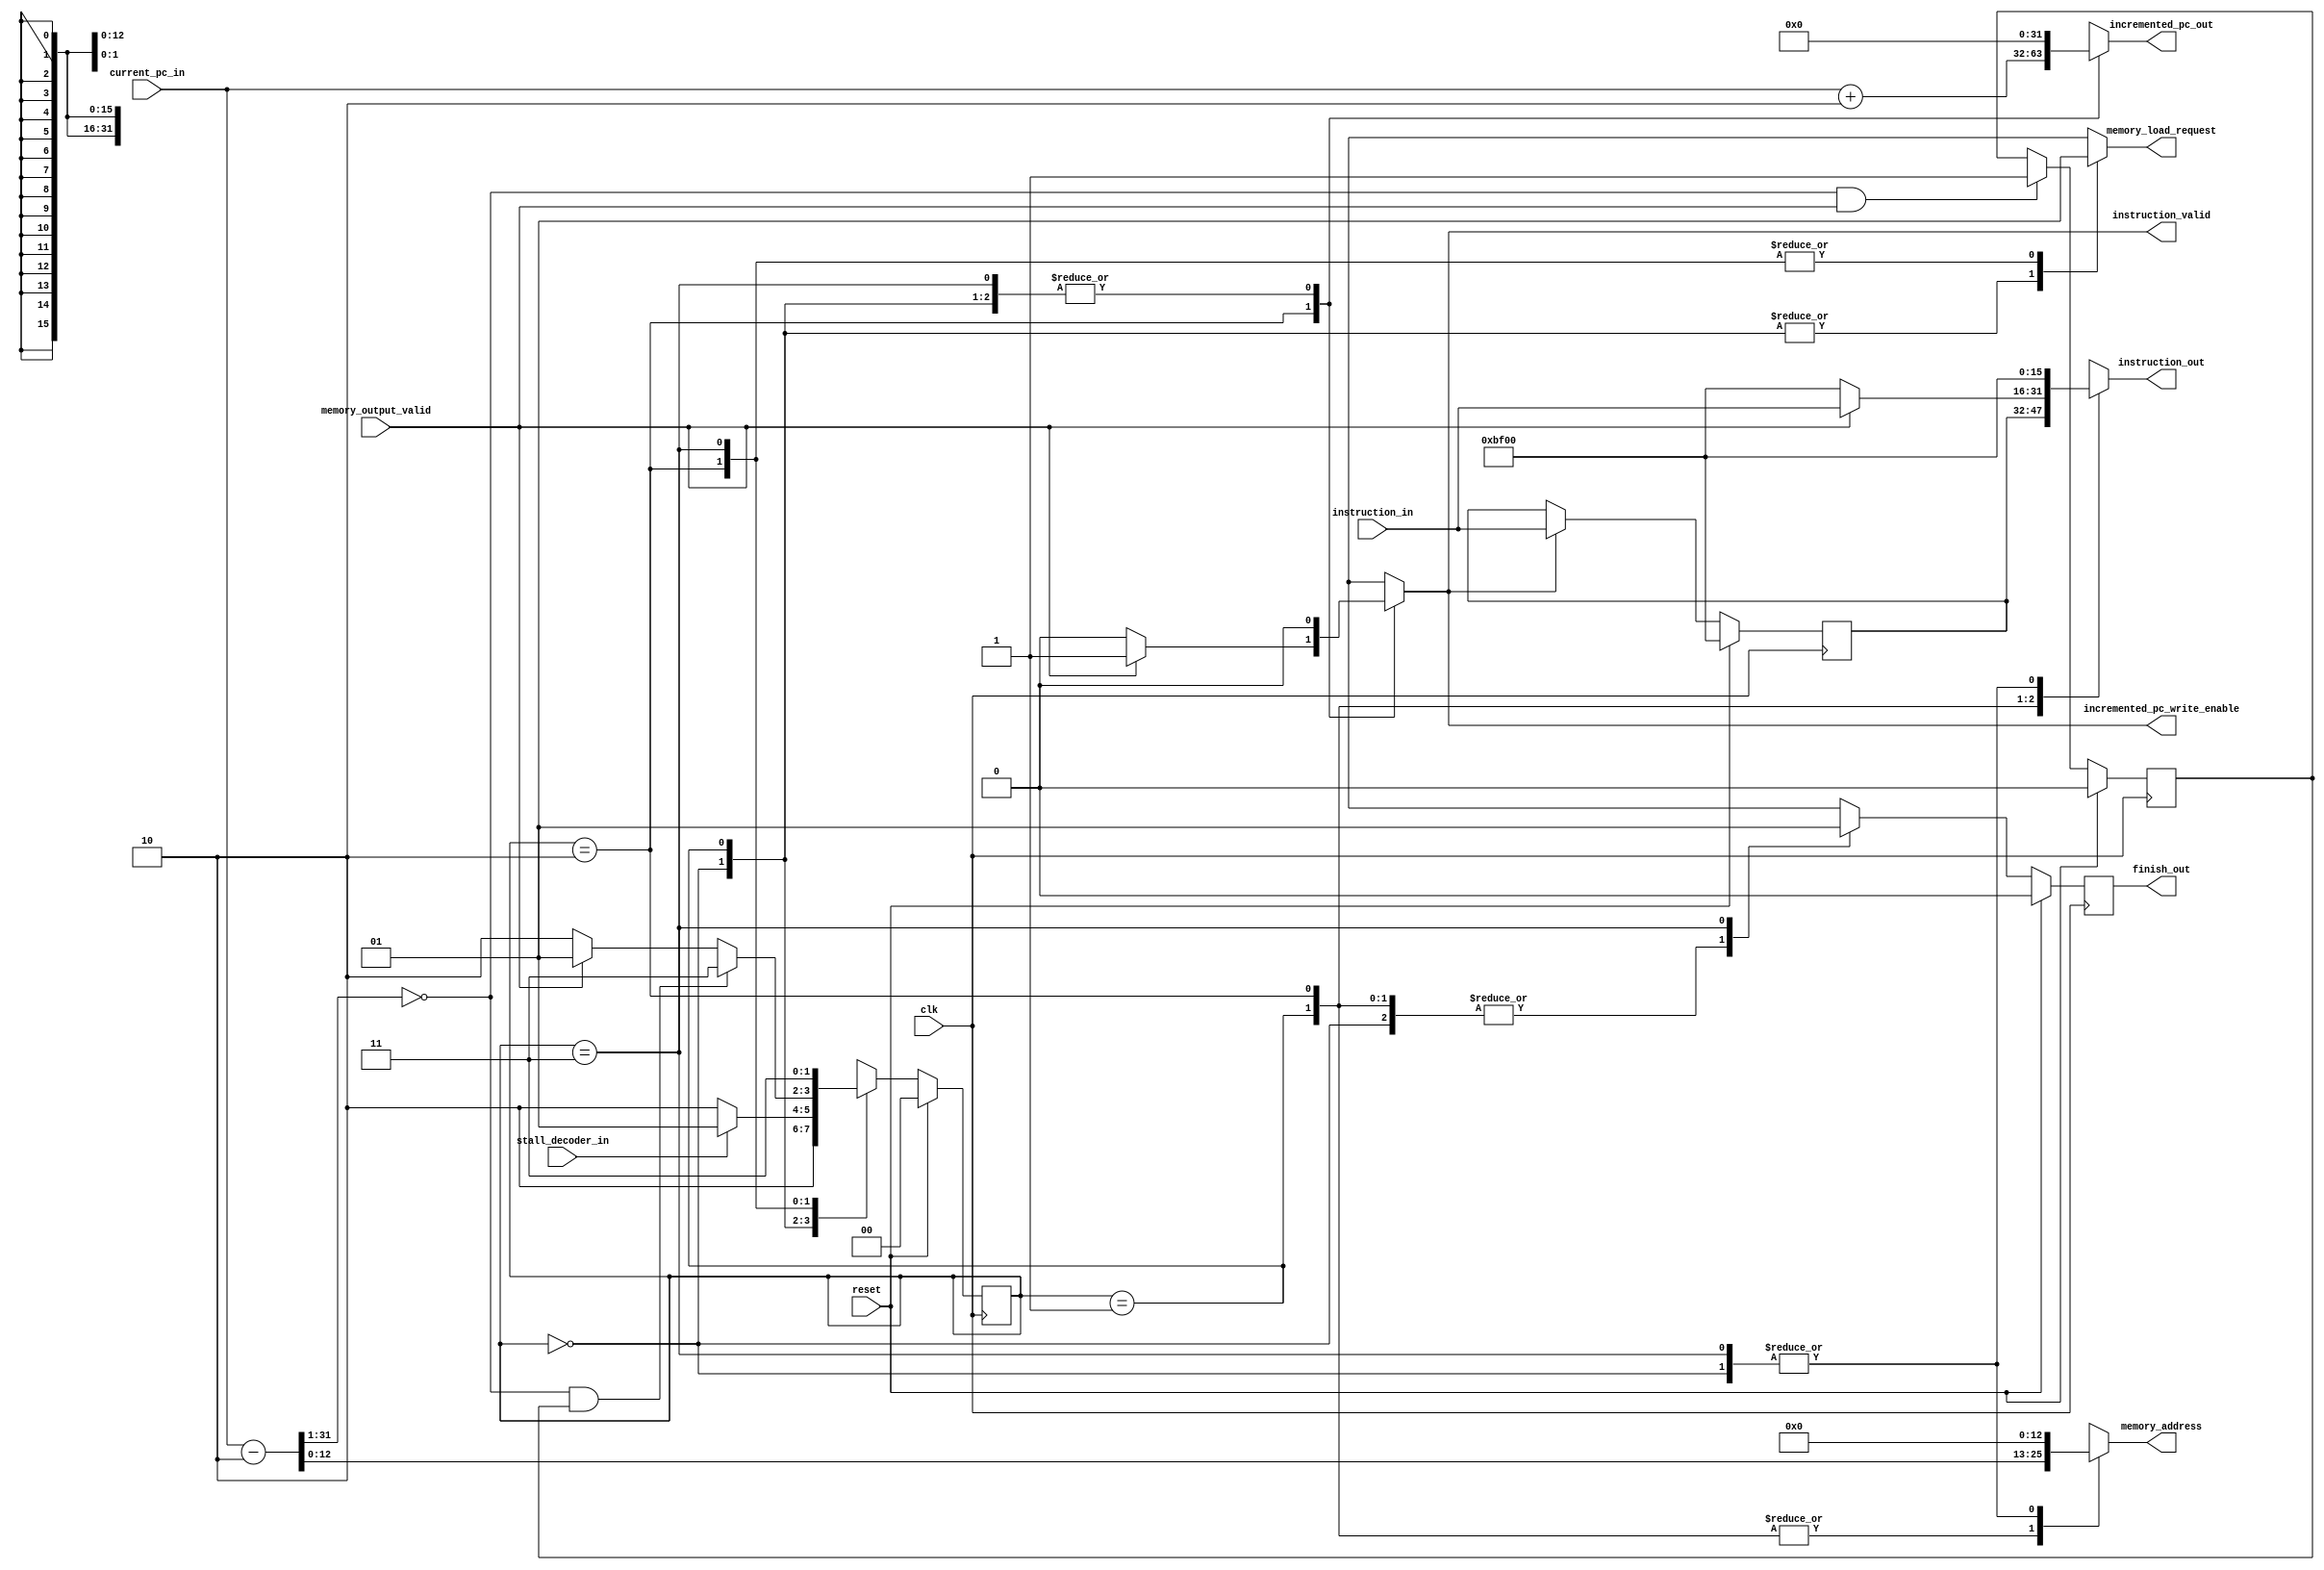
module Instruction_Fetch_v2(

input wire clk, 
input wire reset, 

input wire stall_decoder_in, 
input wire memory_output_valid, 

input wire [31:0] current_pc_in, 
input wire [15:0] instruction_in, 

output reg memory_load_request, 
output reg incremented_pc_write_enable, 
output reg instruction_valid,  

output reg [12:0] memory_address, 
output reg [31:0] incremented_pc_out, 
output reg [15:0] instruction_out

//  *disabled*// synthesis translate_off
,
output reg        finish_out
//  *disabled*// synthesis translate_on
);


localparam[1:0]
RESET = 2'b00,
WAIT_FOR_DEC = 2'b01,
FETCH = 2'b10,
FINISHED = 2'b11;

reg[1:0] currentState, nextState;

reg        update_instruction_reg;
reg [15:0] fetched_instruction_reg;

wire [32:0] current_pc_modified;
assign current_pc_modified = current_pc_in - 2;


//  *disabled*// synthesis translate_off
reg        next_finish_out;
reg        first_instruction_fetched;
//  *disabled*// synthesis translate_on


always@(*) begin



case(currentState)
	RESET: begin
		nextState = (reset == 1) ? RESET : FETCH;
		incremented_pc_out = 32'b0000_0000_0000_0000_0000_0000_0000_0000;
		incremented_pc_write_enable = 1'b0;
        memory_address = 13'b0_0000_0000_0000;
		memory_load_request = 1'b0;
		instruction_out = 16'b1011_1111_0000_0000;
		update_instruction_reg = 1'b0;
		instruction_valid = 1'b0;
		//  *disabled*// synthesis translate_off
		next_finish_out = 1'b0;
		//  *disabled*// synthesis translate_on
	end
	WAIT_FOR_DEC: begin
		nextState = (stall_decoder_in == 1) ? WAIT_FOR_DEC : FETCH;
		incremented_pc_out = 32'b0000_0000_0000_0000_0000_0000_0000_0000;
		incremented_pc_write_enable = 1'b0;
		memory_address = current_pc_modified[12:0];
		memory_load_request = 1'b0;
		instruction_out = fetched_instruction_reg;
		update_instruction_reg = 1'b0;
		instruction_valid = 1'b0;
        //  *disabled*// synthesis translate_off
		next_finish_out = 1'b0;
		//  *disabled*// synthesis translate_on
	end
	FETCH: begin
		nextState = 
                      //  *disabled*// synthesis translate_off
		              ( (({1'b0, current_pc_modified[31:1]} == 32'b0000_0000_0000_0000_0000_0000_0000_0000) & first_instruction_fetched)  ?   FINISHED  :  
		              //  *disabled*// synthesis translate_on
		              ((memory_output_valid == 1) ? WAIT_FOR_DEC : FETCH)
		              //  *disabled*// synthesis translate_off
		              )
		              //  *disabled*// synthesis translate_on
		              ;
		incremented_pc_out = current_pc_in + 2;
        incremented_pc_write_enable = (memory_output_valid == 1) ? 1'b1 : 1'b0;
		memory_load_request = 1'b1;
		instruction_out =  (memory_output_valid == 1) ? instruction_in : 16'b1011_1111_0000_0000;
		update_instruction_reg = (memory_output_valid == 1) ? 1'b1 : 1'b0;
		memory_address = current_pc_modified[12:0];
		instruction_valid = (memory_output_valid == 1) ? 1'b1 : 1'b0;
        //  *disabled*// synthesis translate_off
		next_finish_out = 1'b0;
		//  *disabled*// synthesis translate_on
	end
    FINISHED: begin
		nextState = FINISHED;
		incremented_pc_out = 32'b0000_0000_0000_0000_0000_0000_0000_0000;
        incremented_pc_write_enable = 1'b0;
		memory_load_request = 1'b1;
		instruction_out = 16'b1011_1111_0000_0000;
		update_instruction_reg = 1'b0;
		memory_address = 13'b0_0000_0000_0000;
		instruction_valid = 1'b0;
        //  *disabled*// synthesis translate_off
		next_finish_out = 1'b1;
		//  *disabled*// synthesis translate_on
	end
	default: begin
		memory_load_request = 1'bx;
		instruction_out = 16'bx;
		memory_address = 13'bx;
		incremented_pc_write_enable = 1'bx;
		nextState = WAIT_FOR_DEC;
		incremented_pc_out = 32'bx;
		instruction_valid = 0;
        //  *disabled*// synthesis translate_off
		next_finish_out = 1'b0;
		//  *disabled*// synthesis translate_on
	end
endcase
end

always@(posedge clk) begin
	if(reset) begin
        currentState <= RESET;
	end
	else begin
        currentState <= nextState; 
	end 
end

always@(posedge clk) begin
	if(reset) begin
        fetched_instruction_reg <= 16'b1011_1111_0000_0000;
	end
	else if(update_instruction_reg) begin
        fetched_instruction_reg <= instruction_in;
	end
	else begin
        fetched_instruction_reg <= fetched_instruction_reg;
	end
	
end

//  *disabled*// synthesis translate_off
always@(posedge clk) begin
	if(reset) begin
        first_instruction_fetched <= 1'b0;
	end
	else if( ({1'b0, current_pc_modified[31:1]} == 32'b0000_0000_0000_0000_0000_0000_0000_0000) & memory_output_valid) begin
        first_instruction_fetched <= 1'b1;
	end
	else begin
        first_instruction_fetched <= first_instruction_fetched;
	end
end

always@(posedge clk) begin
	if(reset) begin
        finish_out <= 1'b0;
	end
	else begin
        finish_out <= next_finish_out;
	end 
end
//  *disabled*// synthesis translate_on



endmodule